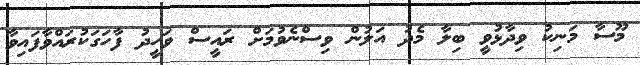
މޫސާ މަނިކު ވިދާޅުވީ ބިލާ މެދު އަލުން ވިސްނެވުމަށް ރައީސް ވަހީދު ފާހަގަކުރައްވާފައިވާ